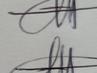
Signature authenticity: genuine